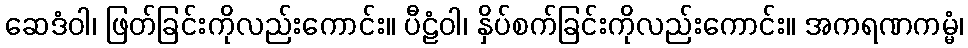
ဆေဒံဝါ၊ ဖြတ်ခြင်းကိုလည်းကောင်း။ ပီဠံဝါ၊ နှိပ်စက်ခြင်းကိုလည်းကောင်း။ အကရဏကမ္မံ၊